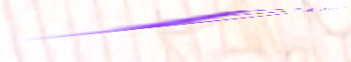
ELECTRONICS